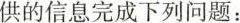
供的信息完成下列问题：